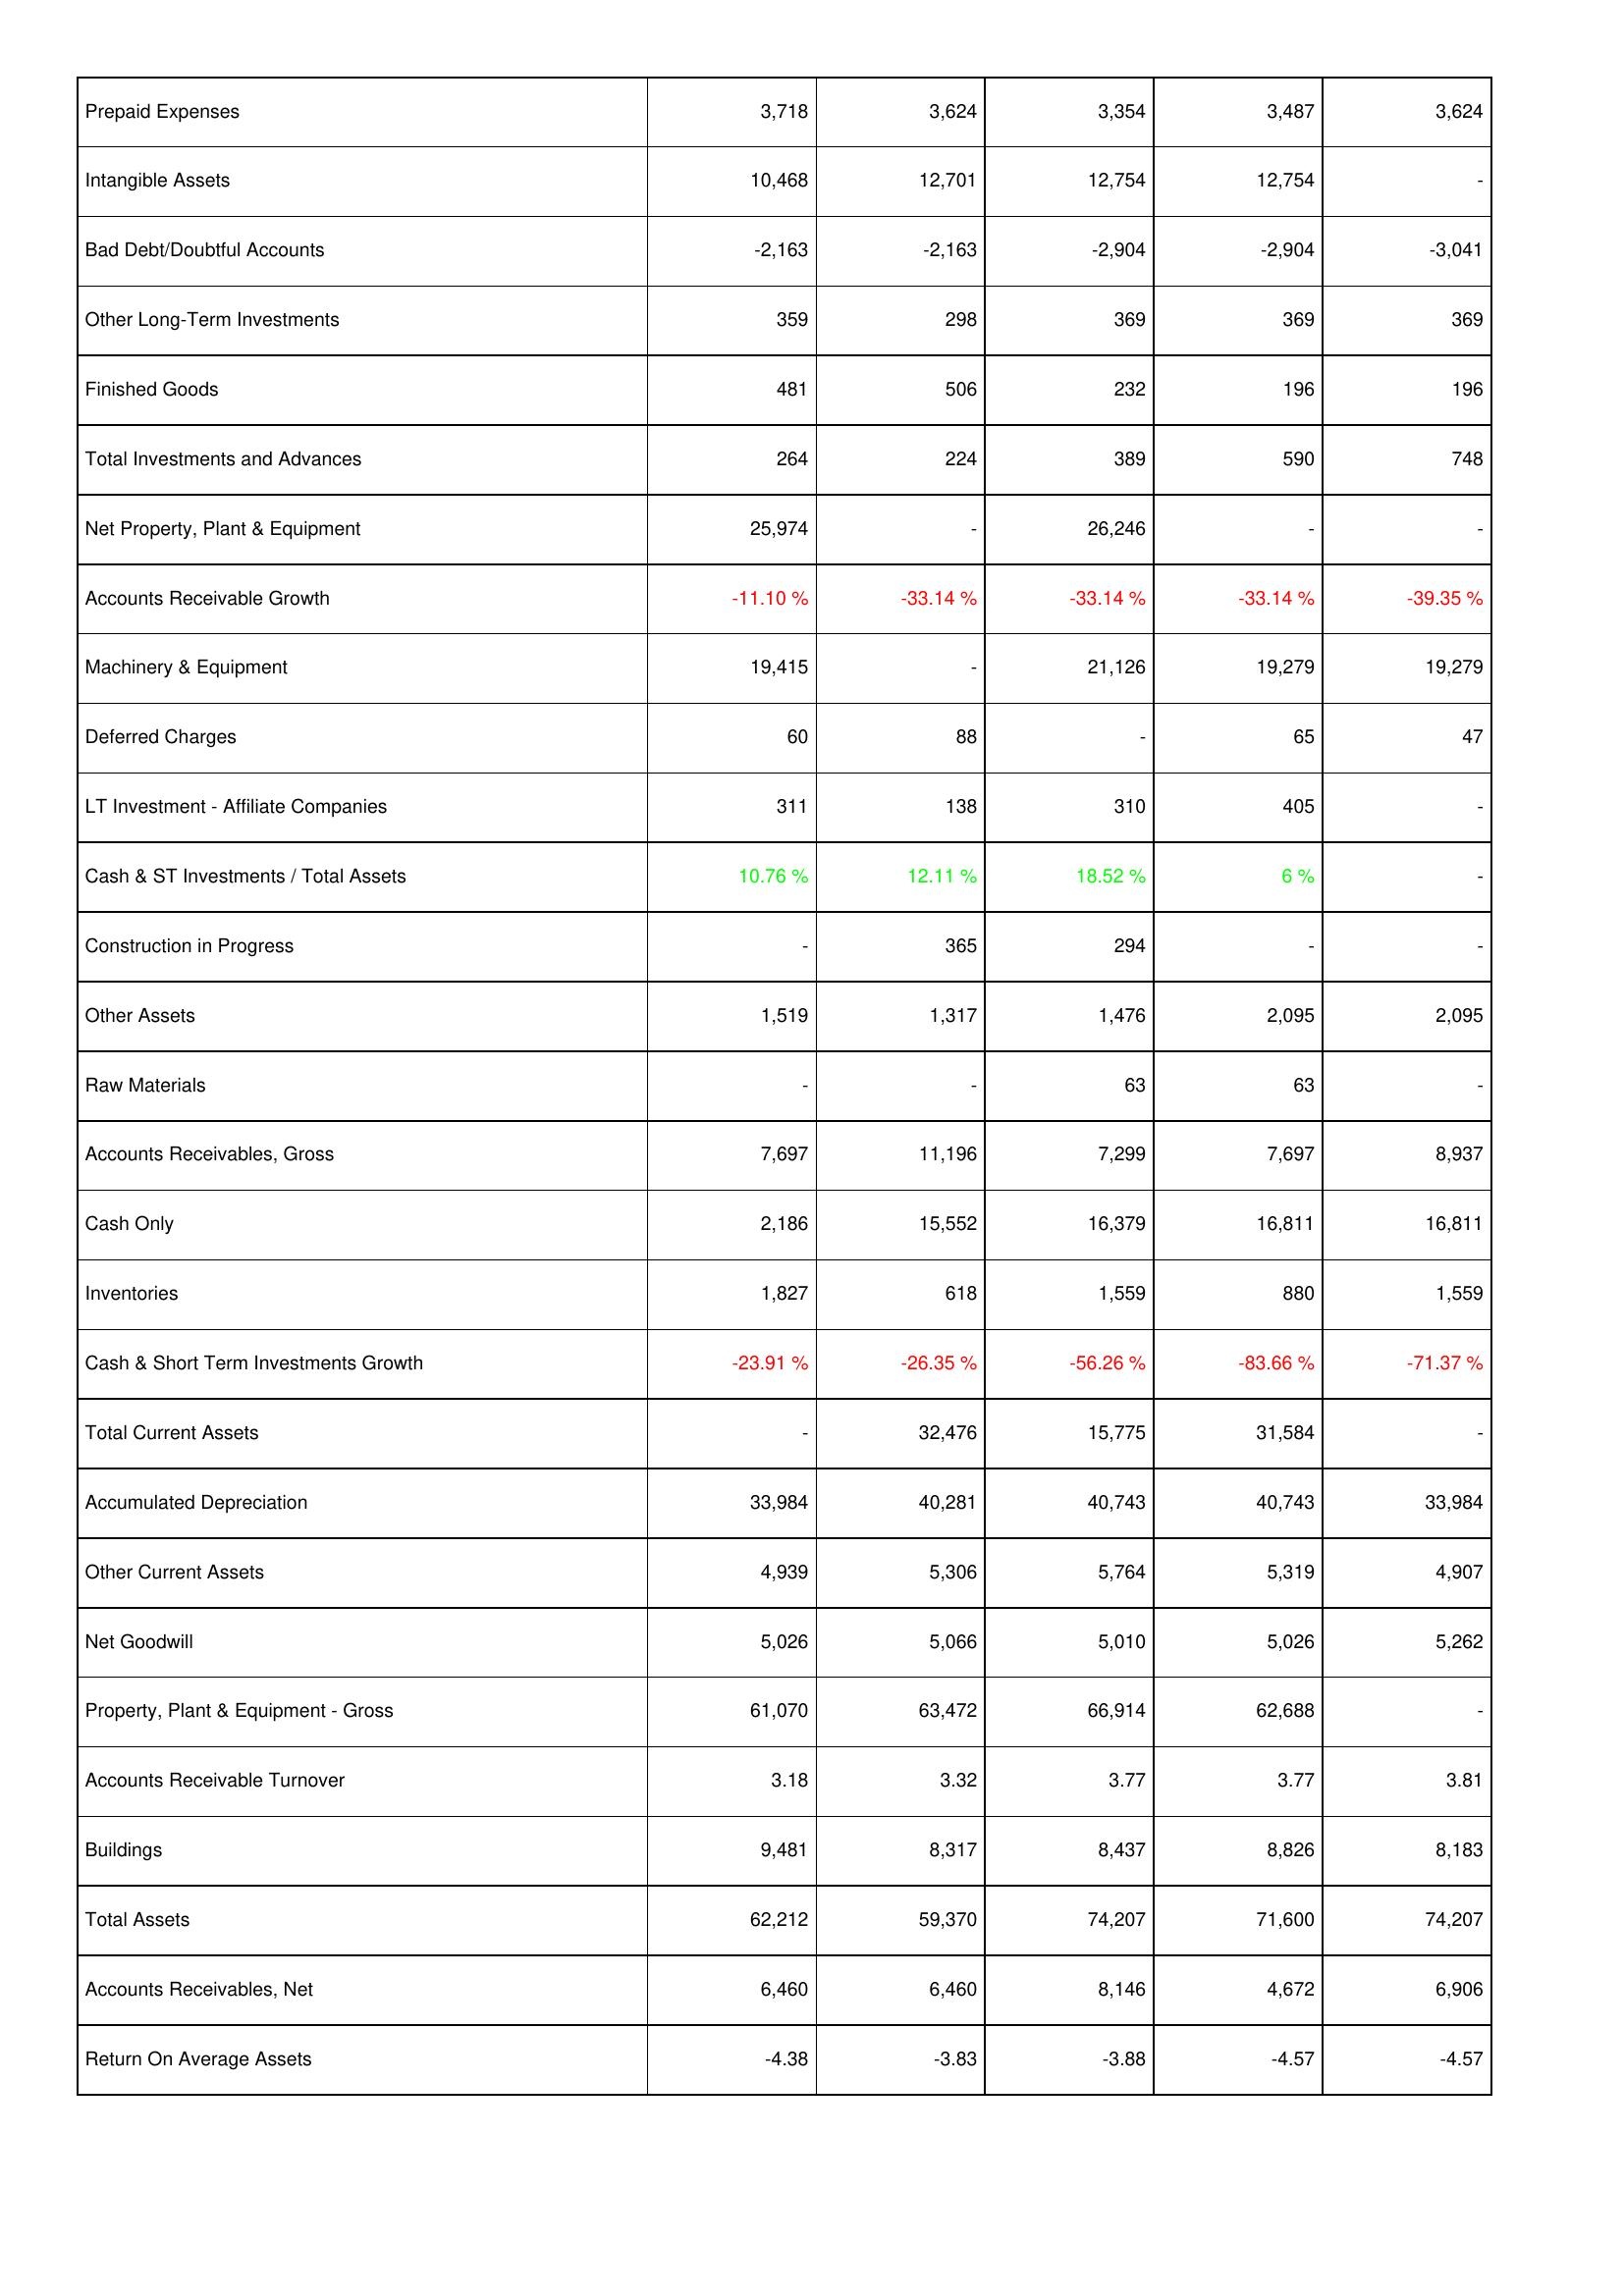
2016: Assets: Prepaid Expenses: 3,718
Intangible Assets: 10,468
Bad Debt/Doubtful Accounts: -2,163
Other Long-Term Investments: 359
Finished Goods: 481
Total Investments and Advances: 264
Net Property, Plant & Equipment: 25,974
Accounts Receivable Growth: -11.10 %
Machinery & Equipment: 19,415
Deferred Charges: 60
LT Investment - Affiliate Companies: 311
Cash & ST Investments / Total Assets: 10.76 %
Construction in Progress: -
Other Assets: 1,519
Raw Materials: -
Accounts Receivables, Gross: 7,697
Cash Only: 2,186
Inventories: 1,827
Cash & Short Term Investments Growth: -23.91 %
Total Current Assets: -
Accumulated Depreciation: 33,984
Other Current Assets: 4,939
Net Goodwill: 5,026
Property, Plant & Equipment - Gross: 61,070
Accounts Receivable Turnover: 3.18
Buildings: 9,481
Total Assets: 62,212
Accounts Receivables, Net: 6,460
Return On Average Assets: -4.38
2015: Assets: Prepaid Expenses: 3,624
Intangible Assets: 12,701
Bad Debt/Doubtful Accounts: -2,163
Other Long-Term Investments: 298
Finished Goods: 506
Total Investments and Advances: 224
Net Property, Plant & Equipment: -
Accounts Receivable Growth: -33.14 %
Machinery & Equipment: -
Deferred Charges: 88
LT Investment - Affiliate Companies: 138
Cash & ST Investments / Total Assets: 12.11 %
Construction in Progress: 365
Other Assets: 1,317
Raw Materials: -
Accounts Receivables, Gross: 11,196
Cash Only: 15,552
Inventories: 618
Cash & Short Term Investments Growth: -26.35 %
Total Current Assets: 32,476
Accumulated Depreciation: 40,281
Other Current Assets: 5,306
Net Goodwill: 5,066
Property, Plant & Equipment - Gross: 63,472
Accounts Receivable Turnover: 3.32
Buildings: 8,317
Total Assets: 59,370
Accounts Receivables, Net: 6,460
Return On Average Assets: -3.83
2014: Assets: Prepaid Expenses: 3,354
Intangible Assets: 12,754
Bad Debt/Doubtful Accounts: -2,904
Other Long-Term Investments: 369
Finished Goods: 232
Total Investments and Advances: 389
Net Property, Plant & Equipment: 26,246
Accounts Receivable Growth: -33.14 %
Machinery & Equipment: 21,126
Deferred Charges: -
LT Investment - Affiliate Companies: 310
Cash & ST Investments / Total Assets: 18.52 %
Construction in Progress: 294
Other Assets: 1,476
Raw Materials: 63
Accounts Receivables, Gross: 7,299
Cash Only: 16,379
Inventories: 1,559
Cash & Short Term Investments Growth: -56.26 %
Total Current Assets: 15,775
Accumulated Depreciation: 40,743
Other Current Assets: 5,764
Net Goodwill: 5,010
Property, Plant & Equipment - Gross: 66,914
Accounts Receivable Turnover: 3.77
Buildings: 8,437
Total Assets: 74,207
Accounts Receivables, Net: 8,146
Return On Average Assets: -3.88
2013: Assets: Prepaid Expenses: 3,487
Intangible Assets: 12,754
Bad Debt/Doubtful Accounts: -2,904
Other Long-Term Investments: 369
Finished Goods: 196
Total Investments and Advances: 590
Net Property, Plant & Equipment: -
Accounts Receivable Growth: -33.14 %
Machinery & Equipment: 19,279
Deferred Charges: 65
LT Investment - Affiliate Companies: 405
Cash & ST Investments / Total Assets: 6 %
Construction in Progress: -
Other Assets: 2,095
Raw Materials: 63
Accounts Receivables, Gross: 7,697
Cash Only: 16,811
Inventories: 880
Cash & Short Term Investments Growth: -83.66 %
Total Current Assets: 31,584
Accumulated Depreciation: 40,743
Other Current Assets: 5,319
Net Goodwill: 5,026
Property, Plant & Equipment - Gross: 62,688
Accounts Receivable Turnover: 3.77
Buildings: 8,826
Total Assets: 71,600
Accounts Receivables, Net: 4,672
Return On Average Assets: -4.57
2012: Assets: Prepaid Expenses: 3,624
Intangible Assets: -
Bad Debt/Doubtful Accounts: -3,041
Other Long-Term Investments: 369
Finished Goods: 196
Total Investments and Advances: 748
Net Property, Plant & Equipment: -
Accounts Receivable Growth: -39.35 %
Machinery & Equipment: 19,279
Deferred Charges: 47
LT Investment - Affiliate Companies: -
Cash & ST Investments / Total Assets: -
Construction in Progress: -
Other Assets: 2,095
Raw Materials: -
Accounts Receivables, Gross: 8,937
Cash Only: 16,811
Inventories: 1,559
Cash & Short Term Investments Growth: -71.37 %
Total Current Assets: -
Accumulated Depreciation: 33,984
Other Current Assets: 4,907
Net Goodwill: 5,262
Property, Plant & Equipment - Gross: -
Accounts Receivable Turnover: 3.81
Buildings: 8,183
Total Assets: 74,207
Accounts Receivables, Net: 6,906
Return On Average Assets: -4.57